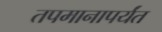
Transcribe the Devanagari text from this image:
तपमानापर्यंत